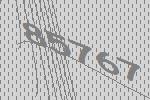
85767